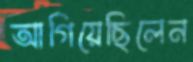
আগিয়েছিলেন